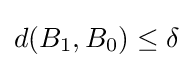
d(B_{1},B_{0})\leq \delta